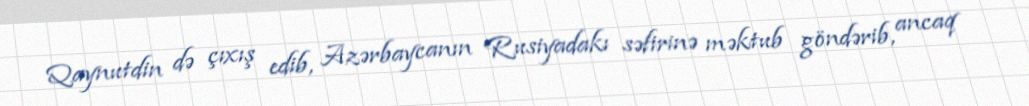
Qaynutdin də çıxış edib, Azərbaycanın Rusiyadakı səfirinə məktub göndərib, ancaq